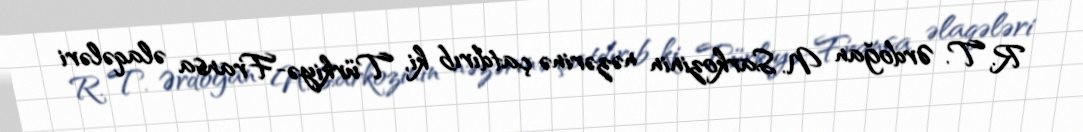
R. T. Ərdoğan N. Sarkozinin nəzərinə çatdırıb ki, Türkiyə-Fransa əlaqələri